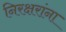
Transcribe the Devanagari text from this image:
निरक्षरांना